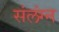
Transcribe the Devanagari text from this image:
संलंग्न